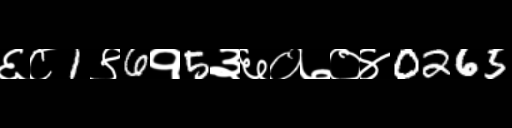
Text: ६८1९6१5३६०७०४0265